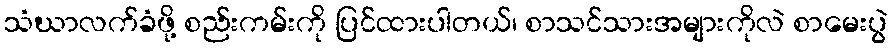
သံဃာလက်ခံဖို့ စည်းကမ်းကို ပြင်ထားပါတယ်၊ စာသင်သားအများကိုလဲ စာမေးပွဲ